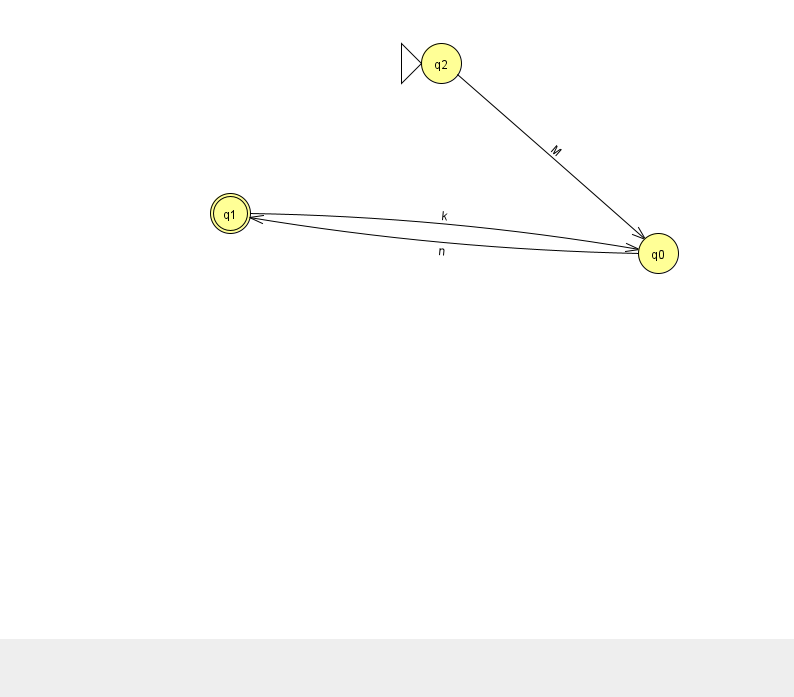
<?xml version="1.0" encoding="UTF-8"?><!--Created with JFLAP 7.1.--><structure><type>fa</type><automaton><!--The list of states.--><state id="0" name="q0"><x>658.0</x><y>240.0</y></state><state id="1" name="q1"><x>230.0</x><y>200.0</y><final/></state><state id="2" name="q2"><x>441.0</x><y>50.0</y><initial/></state><!--The list of transitions.--><transition><from>2</from><to>0</to><read>M</read></transition><transition><from>1</from><to>0</to><read>k</read></transition><transition><from>0</from><to>1</to><read>n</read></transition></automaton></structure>